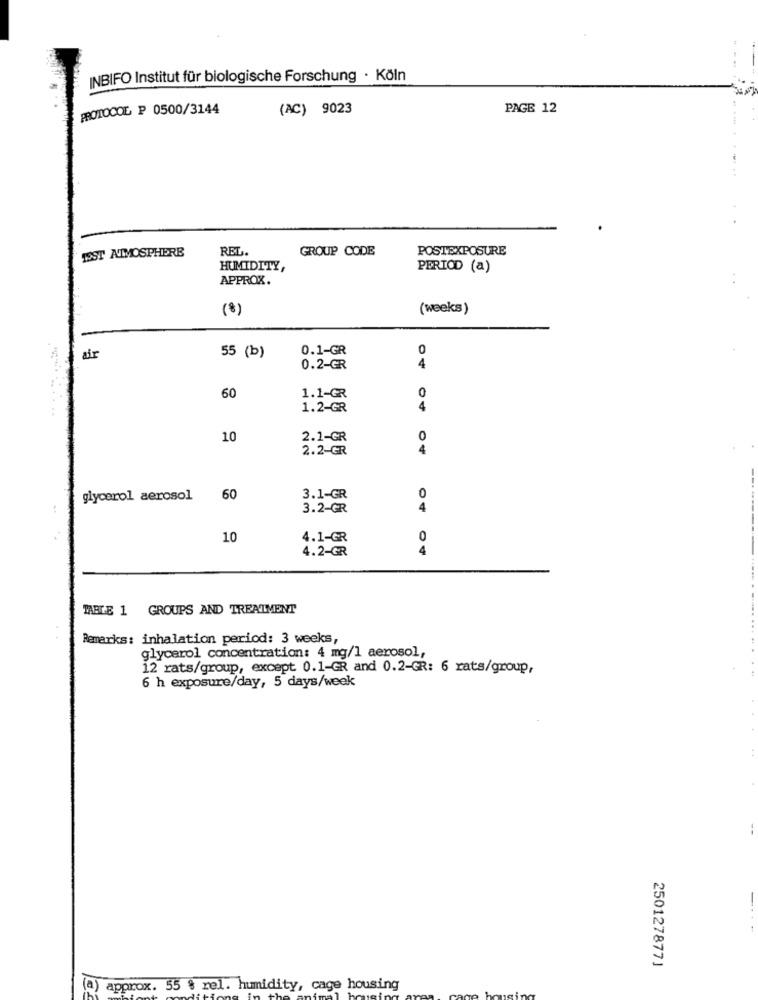
INBIFO Institut für biologische Forschung · Köln
PROTOCOL P 0500/3144
(AC) 9023
PAGE 12
IST ATMOSPHERE
REL.
GROUP CODE
POSTEXPOSURE
HUMIDITY,
PERIOD (a)
APPROX.
(8)
(weeks)
55 (b)
0.1-GR
0
air
0.2-GR
4
0
60
1.1-GR
1.2-GR
4
10
2.1-GR
0
2.2-GR
4
glycerol aerosol
60
3.1-GR
0
3.2-GR
4
10
4.1-GR
0
4.2-GR
4
TABLE 1 GROUPS AND TREATMENT
Remarks: inhalation period: 3 weeks,
glycerol concentration: 4 mg/l aerosol,
12 rats/group, except 0.1-GR and 0.2-GR: 6 rats/group,
6 h exposure/day, 5 days/week
2501278771
(a) approx. 55 % rel. humidity, cage housing